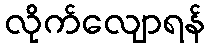
လိုက်လျောရန်